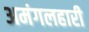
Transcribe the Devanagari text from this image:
अमंगलहारी